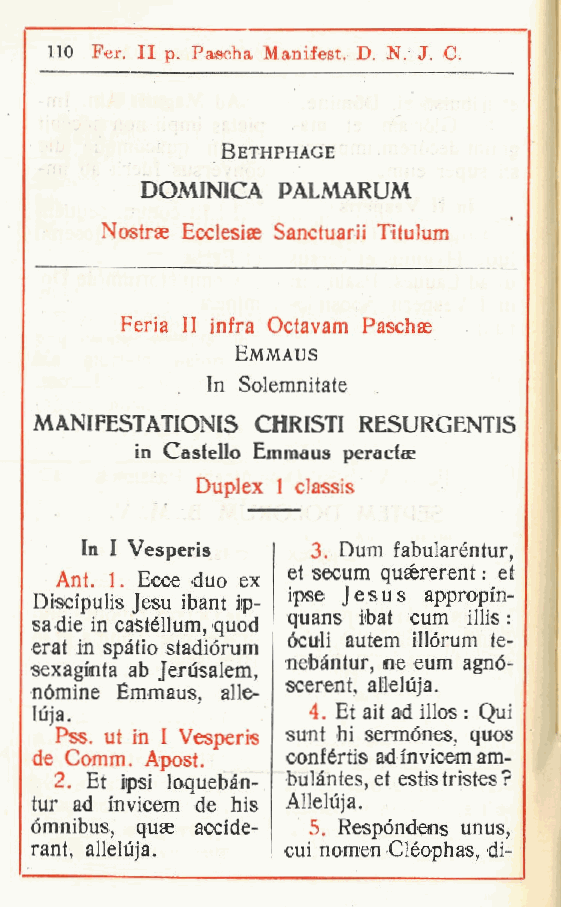
110 Per, II p Pascha Manifest. D. N. J. C.
 .
 Bethphage
 DOMINICA PALMARUM
 Nostrae Ecclesise Sanctuarii Titulum
 Feria II infra Octavam Paschae
 Emmaus
 In Solemnitate
 MANIFESTATIONIS CHRISTI RESURGENTIS
 in Castello Emmaus peracfee
 Duplex 1 classis
 In I Vesperis   3 Dum fabularéntur,
 .
 Ant. 1. Ecce duo ex et secum qusererent : et
 ipse Jesus appropin-
 Disci'pulis Jesu ibant ip-
 quans ibat cum illis :
 sa die in castéllum, quod
 òculi autem illòrum te-
 erat in spàtio stadiórum
 nebàntur, ne eum agnó-
 sexagmta ab Jerusalem,
 scerent, alleluja.
 nòmine Émmaus alle-
 luia.      ,      4 Et ait ad illos : Qui
 .
 Pss. ut in I Vesperis sunt hi sermònes, quos
 de Comm. Apost.  confértis ad mvicem am-
 2 Et ipsi loquebàn- bulàntes, et estis tristes ?
 .
 tur ad mvicem de bis Alleluja.
 òmnibus, quse acci'de- 5 Respòndens unus,
 .
 rant, alleluja.  cui nomen Cléophas, di-